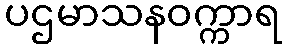
ပဌမာသနဝက္ကာရ